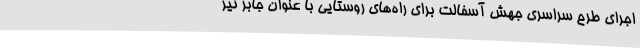
اجرای طرح سراسری جهش آسفالت برای راه‌های روستایی با عنوان جابر نیز